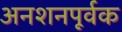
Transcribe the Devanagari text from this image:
अनशनपूर्वक